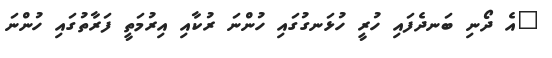
"އެ ދޯނި ބަނދެފައި ހުރީ ހުޅަނގުގައި ހުންނަ ރުކާއި އިރުމަތީ ފަރާތުގައި ހުންނަ